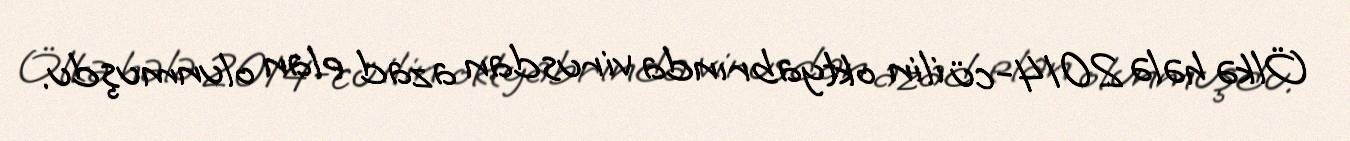
Ölkə hələ 2014-cü ilin oktyabrında virusdan azad elan olunmuşdu.